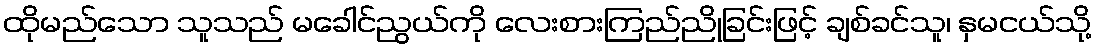
ထိုမည်သော သူသည် မခေါင်ညွယ်ကို လေးစားကြည်ညိုခြင်းဖြင့် ချစ်ခင်သူ၊ နှမငယ်သို့